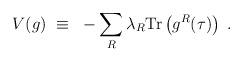
LaTeX: \begin{align*}V(g)~\equiv~-\sum_R \lambda_R {\rm Tr}\left(g^R(\tau)\right) \; .\end{align*}